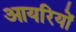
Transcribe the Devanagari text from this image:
आयरियों